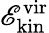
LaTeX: \mathscr{E}_{\mathrm{{kin}}}^{\mathrm{{vir}}}